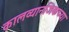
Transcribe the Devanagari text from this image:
कालव्यानजिकच्या